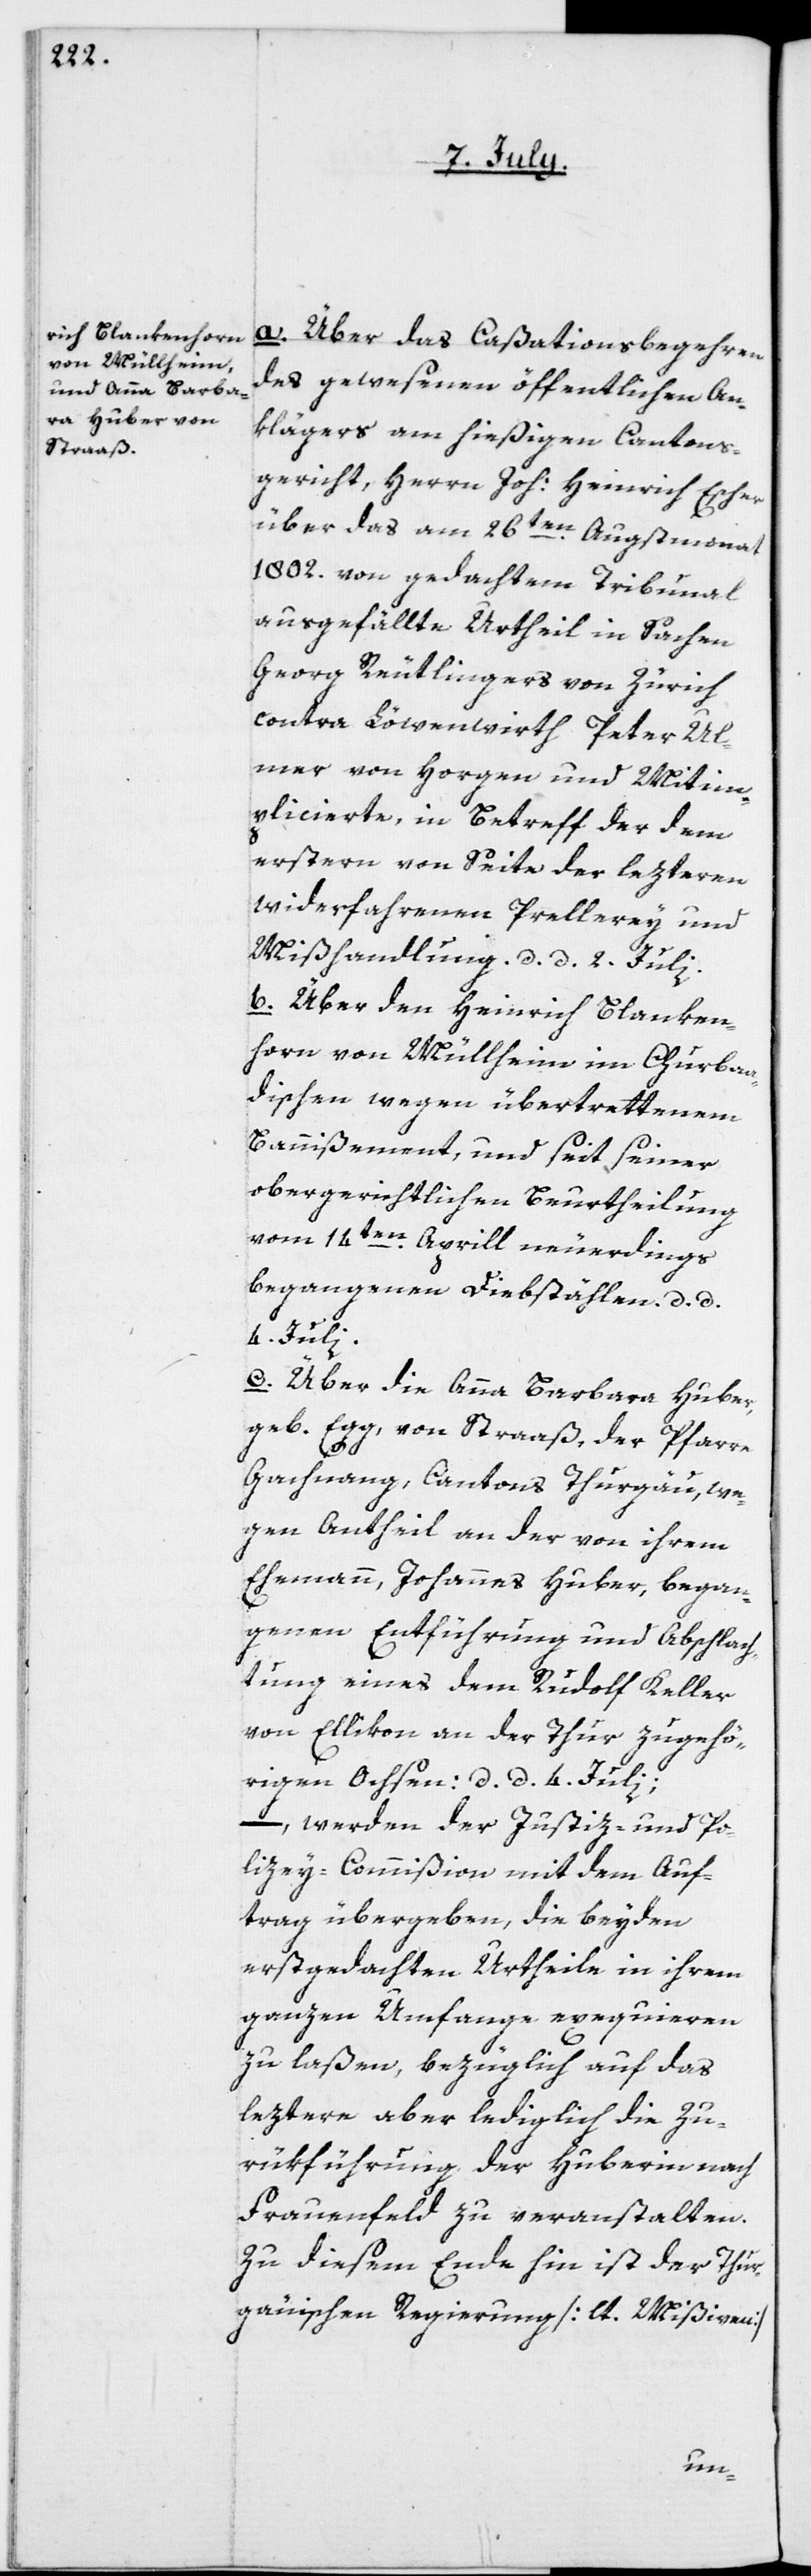
a. Über das Caßationsbegehren
des gewesenen öffentlichen An¬
klägers am hießigen Cantons¬
gericht, Herrn Joh: Heinrich Escher,
über das am 26ten Augstmonat
1802. von gedachtem Tribunal
ausgefällte Urtheil in Sachen
Georg Reutlingers von Zürich
contra Löwenwirth Peter Ul¬
mer von Horgen und Mitim¬
plicierte, in Betreff der dem
erstern von Seite der lezteren
widerfahrenen Prellerey und
Mißhandlung, d. d. 2. Julii.
b. Über den Heinrich Blanken¬
horn von Müllheim im Churba¬
dischen wegen übertrettenem
Bannißement, und seit seiner
obergerichtlichen Beurtheilung
vom 14ten Aprill neuerdings
begangenen Diebstählen. d. d.
4. Julii.
c. Über die Anna Barbara Huber,
geb. Egg, von Straaß, der Pfarre
Gachnang, Cantons Thurgäu, we¬
gen Antheil an der von ihrem
Ehemann, Johannes Huber, began¬
genen Entführung und Abschlach¬
tung eines dem Rudolf Keller
von Ellikon an der Thur zugehö¬
rigen Ochsen: d. d. 4. Julii;
– werden der Justiz- und Po¬
lizey-Commißion mit dem Auf¬
trag übergeben, die beyden
erstgedachten Urtheile in ihrem
ganzen Umfange exequieren
zu laßen, bezüglich auf das
leztere aber lediglich die Zu¬
rükführung der Huberin nach
Frauenfeld zu veranstalten.
Zu diesem Ende hin ist der Thur¬
gauischen Regierung [lt. Mißiven]